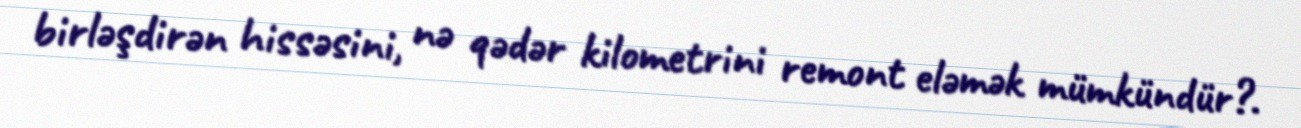
birləşdirən hissəsini, nə qədər kilometrini remont eləmək mümkündür?.